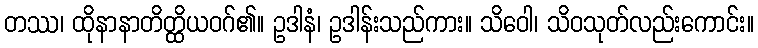
တဿ၊ ထိုနာနာတိတ္ထိယဝဂ်၏။ ဥဒါနံ၊ ဥဒါန်းသည်ကား။ သိဝေါ၊ သိဝသုတ်လည်းကောင်း။